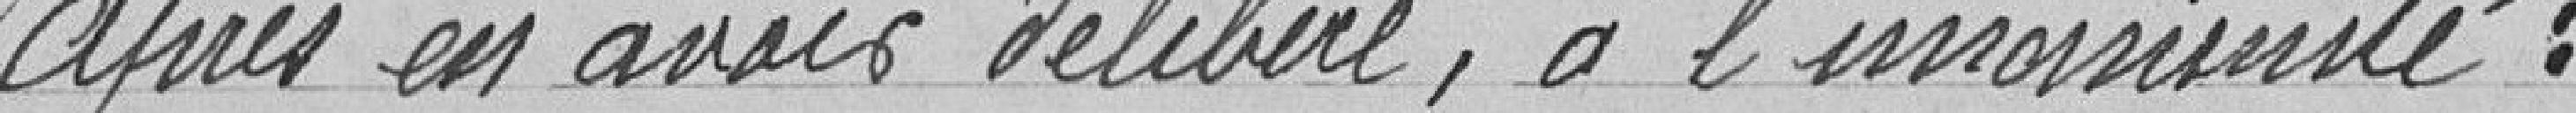
Après en avoir délibéré, à l'unanimité,